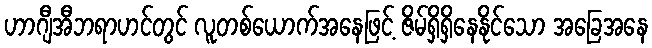
ဟာဂျီအီဘရာဟင်တွင် လူတစ်ယောက်အနေဖြင့် ဇိမ်ရှိရှိနေနိုင်သော အခြေအနေ